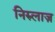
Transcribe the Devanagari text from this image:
निरुलाज़